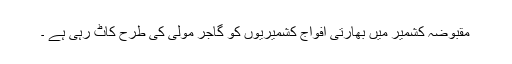
مقبوضہ کشمیر میں بھارتی افواج کشمیریوں کو گاجر مولی کی طرح کاٹ رہی ہے ۔